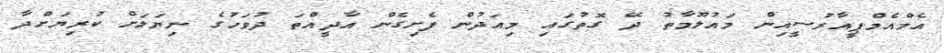
އެމްއެމްޕީއާރުސީއިން މައުލޫމާތު ދޭ ގޮތުގައި މިއަދުން ފެށިގެން އާދީއްތަ ދުވަހުގެ ނިޔަލަށް ކުރިޔަށްދާ